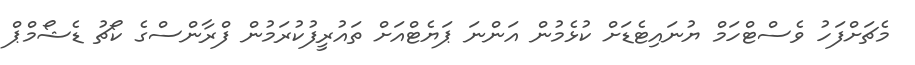
މެޗަށްފަހު ވެސްޓްހަމް ޔުނައިޓެޑަށް ކުޅެމުން އަންނަ ޕަޔެޓްއަށް ތައުރީފުކުރަމުން ފްރާންސްގެ ކޯޗު ޑެޝޯމްޕް